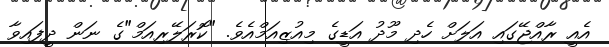
އެއީ ރާއްޖޭގައި އަލަށް ހެދި މޫދު އަޑީގެ މިއުޒިއަމްއެވެ. "ކޮރަލޭރިއަމް"ގެ ނަން ދީފައިވާ